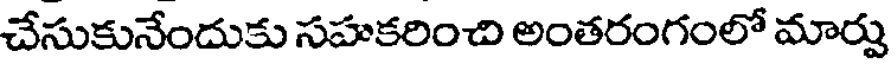
చేసుకునేందుకు సహకరించి అంతరంగంలో మార్పు